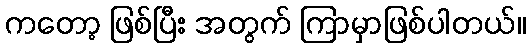
ကတော့ ဖြစ်ပြီး အတွက် ကြာမှာဖြစ်ပါတယ်။